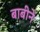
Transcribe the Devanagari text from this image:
बाबीने